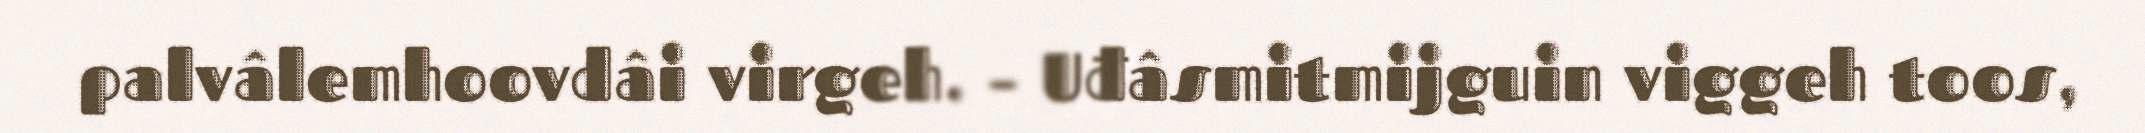
palvâlemhoovdâi virgeh. – Uđâsmitmijguin viggeh toos,